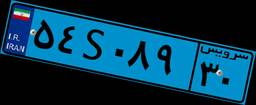
۵۴S۰۸۹۳۰